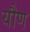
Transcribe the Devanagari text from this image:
यौण